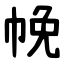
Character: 㡈